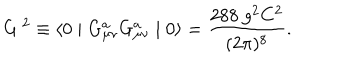
G \ ^ { 2 } \equiv \langle 0 \mid G _ { \mu \nu } ^ { a } G _ { \mu \nu } ^ { a } \mid 0 \rangle = \frac { 2 8 8 \ g ^ { 2 } C ^ { 2 } } { ( 2 \pi ) ^ { 8 } } .